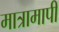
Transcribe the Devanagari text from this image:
मात्रामापी